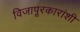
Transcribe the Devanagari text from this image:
विजापूरकारांशी